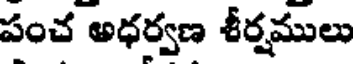
పంచ అధర్వణ శీర్షములు